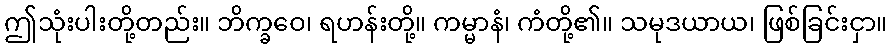
ဤသုံးပါးတို့တည်း။ ဘိက္ခဝေ၊ ရဟန်းတို့။ ကမ္မာနံ၊ ကံတို့၏။ သမုဒယာယ၊ ဖြစ်ခြင်းငှာ။